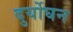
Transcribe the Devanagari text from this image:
दुर्योघन